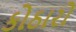
કોઠારો